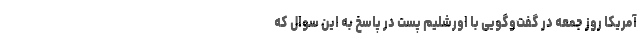
آمریکا روز جمعه در گفت‌وگویی با اورشلیم پست در پاسخ به این سوال که